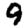
Digit: 9